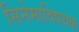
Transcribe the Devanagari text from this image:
सिनेमाविषयक